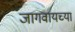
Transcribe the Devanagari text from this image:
जागवायच्या